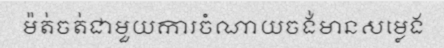
ម៉ត់ចត់ជាមួយការចំណាយចង់មានសម្លេង